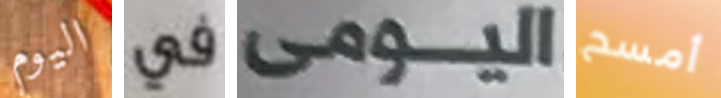
اليوم في اليومى أمسح